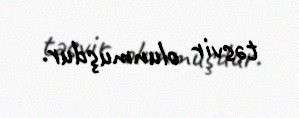
təsvir olunmuşdur.